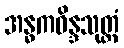
အန္ဓကဝိန္ဒသုတ္တံ